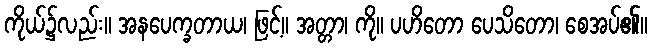
ကိုယ်၌လည်း။ အနပေက္ခတာယ၊ ဖြင့်။ အတ္တာ၊ ကို။ ပဟိတော ပေသိတော၊ စေအပ်၏။